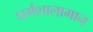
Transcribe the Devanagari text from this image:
धर्मशालामान